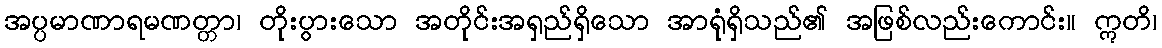
အပ္ပမာဏာရမဏတ္တာ၊ တိုးပွားသော အတိုင်းအရှည်ရှိသော အာရုံရှိသည်၏ အဖြစ်လည်းကောင်း။ ဣတိ၊